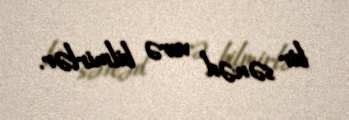
bir sənəd verə bilmirlər.